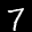
Label: 7